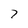
Character: 7